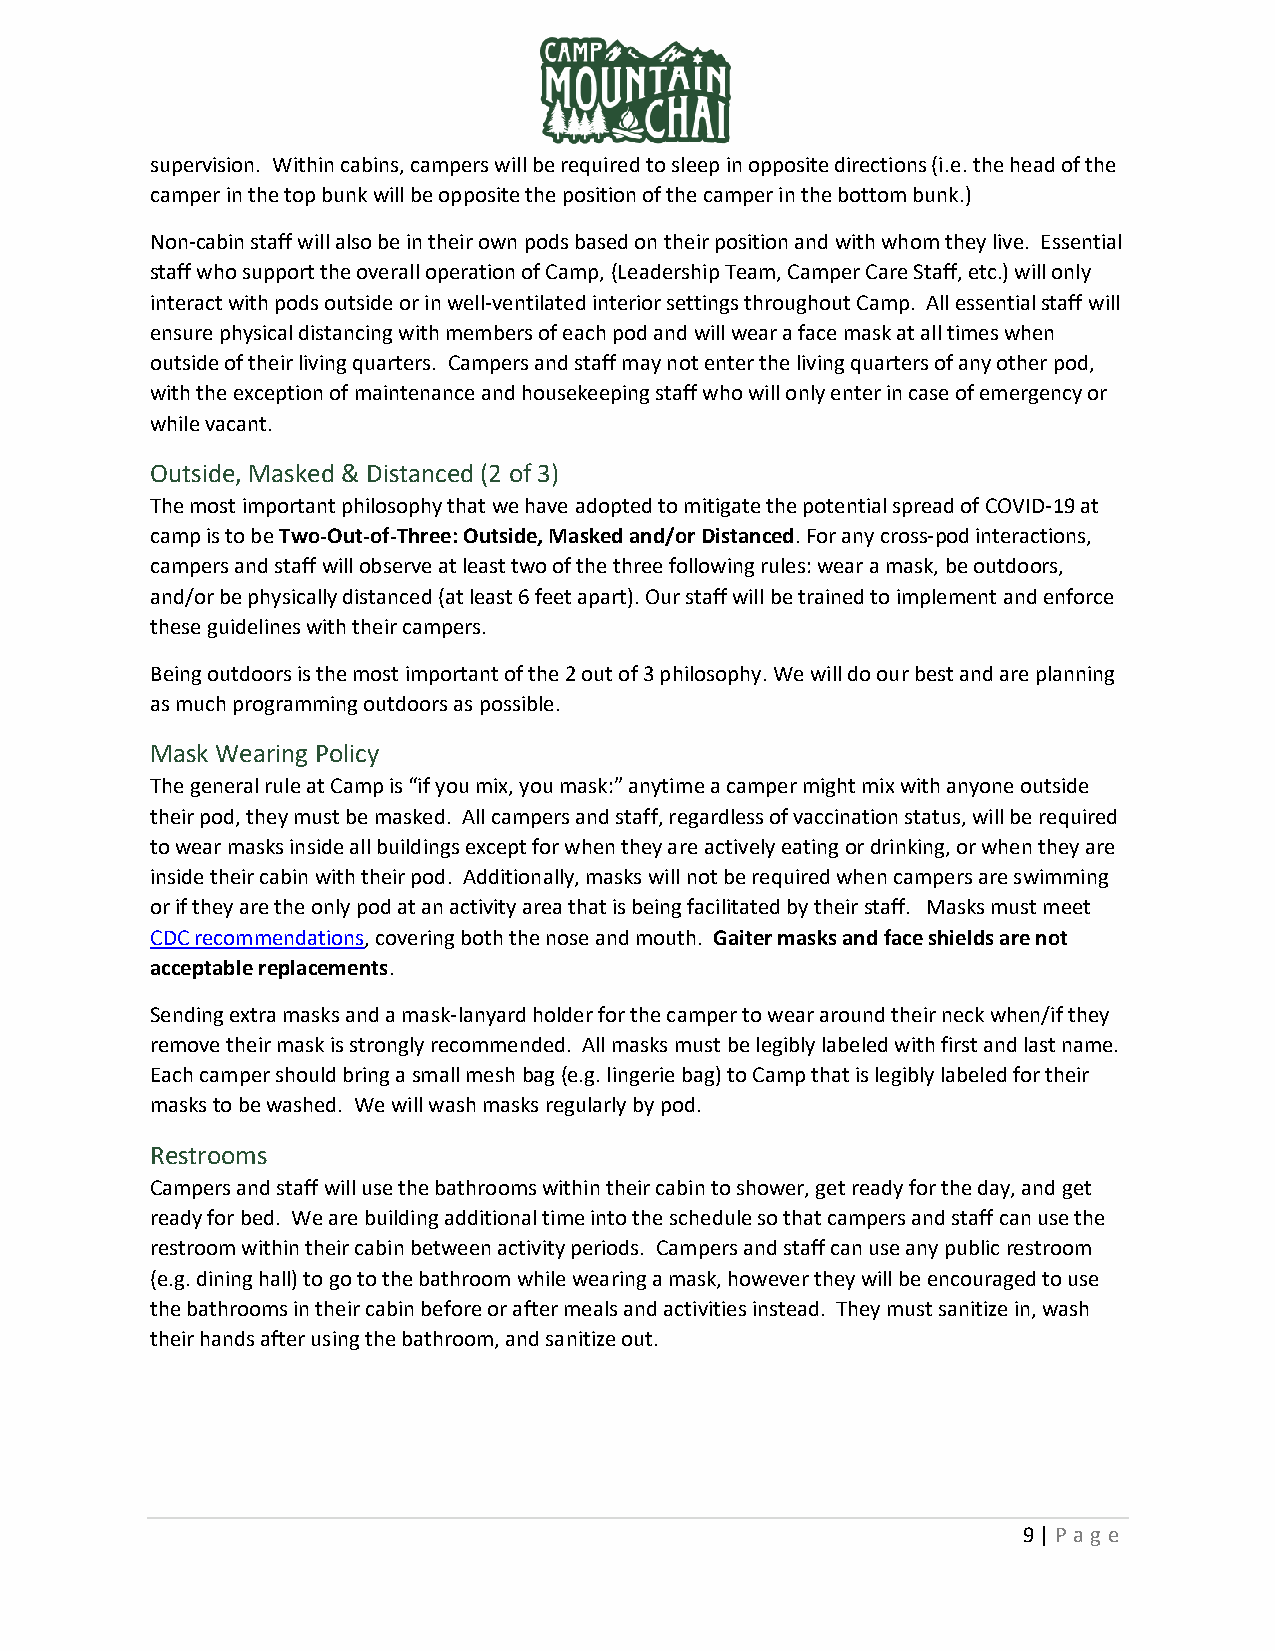
supervision. Within cabins, campers will be required to sleep in opposite directions (i.e. the head of the
 camper in the top bunk will be opposite the position of the camper in the bottom bunk.)
 Non-cabin staff will also be in their own pods based on their position and with whom they live. Essential
 staff who support the overall operation of Camp, (Leadership Team, Camper Care Staff, etc.) will only
 interact with pods outside or in well-ventilated interior settings throughout Camp. All essential staff will
 ensure physical distancing with members of each pod and will wear a face mask at all times when
 outside of their living quarters. Campers and staff may not enter the living quarters of any other pod,
 with the exception of maintenance and housekeeping staff who will only enter in case of emergency or
 while vacant.
 Outside, Masked & Distanced (2 of 3)
 The most important philosophy that we have adopted to mitigate the potential spread of COVID-19 at
 camp is to be Two-Out-of-Three: Outside, Masked and/or Distanced. For any cross-pod interactions,
 campers and staff will observe at least two of the three following rules: wear a mask, be outdoors,
 and/or be physically distanced (at least 6 feet apart). Our staff will be trained to implement and enforce
 these guidelines with their campers.
 Being outdoors is the most important of the 2 out of 3 philosophy. We will do our best and are planning
 as much programming outdoors as possible.
 Mask Wearing Policy
 The general rule at Camp is “if you mix, you mask:” anytime a camper might mix with anyone outside
 their pod, they must be masked. All campers and staff, regardless of vaccination status, will be required
 to wear masks inside all buildings except for when they are actively eating or drinking, or when they are
 inside their cabin with their pod. Additionally, masks will not be required when campers are swimming
 or if they are the only pod at an activity area that is being facilitated by their staff. Masks must meet
 CDC recommendations, covering both the nose and mouth. Gaiter masks and face shields are not
 acceptable replacements.
 Sending extra masks and a mask-lanyard holder for the camper to wear around their neck when/if they
 remove their mask is strongly recommended. All masks must be legibly labeled with first and last name.
 Each camper should bring a small mesh bag (e.g. lingerie bag) to Camp that is legibly labeled for their
 masks to be washed. We will wash masks regularly by pod.
 Restrooms
 Campers and staff will use the bathrooms within their cabin to shower, get ready for the day, and get
 ready for bed. We are building additional time into the schedule so that campers and staff can use the
 restroom within their cabin between activity periods. Campers and staff can use any public restroom
 (e.g. dining hall) to go to the bathroom while wearing a mask, however they will be encouraged to use
 the bathrooms in their cabin before or after meals and activities instead. They must sanitize in, wash
 their hands after using the bathroom, and sanitize out.
 9 | P ag e